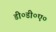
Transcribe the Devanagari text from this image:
डी०डी०ए०